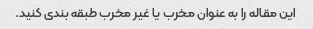
این مقاله را به عنوان مخرب یا غیر مخرب طبقه بندی کنید.